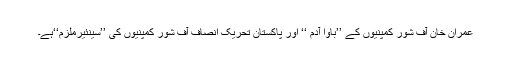
عمران خان آف شور کمپنیوں کے ’’باوا آدم ‘‘ اور پاکستان تحریک انصاف آف شور کمپنیوں کی ’’سینئیرملزم‘‘ہے۔